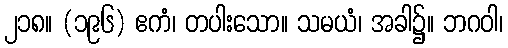
၂၁၈။ (၁၉၆) ဧကံ၊ တပါးသော။ သမယံ၊ အခါ၌။ ဘဂဝါ၊